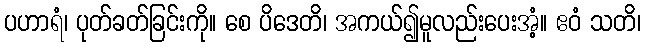
ပဟာရံ၊ ပုတ်ခတ်ခြင်းကို။ စေ ပိဒေတိ၊ အကယ်၍မူလည်းပေးအံ့။ ဧဝံ သတိ၊